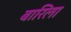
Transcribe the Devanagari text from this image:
बारिला